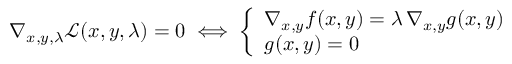
\nabla _ { x , y , \lambda } { \mathcal { L } } ( x , y , \lambda ) = 0 \iff { \left\{ \begin{array} { l l } { \nabla _ { x , y } f ( x , y ) = \lambda \, \nabla _ { x , y } g ( x , y ) } \\ { g ( x , y ) = 0 } \end{array} \right. }